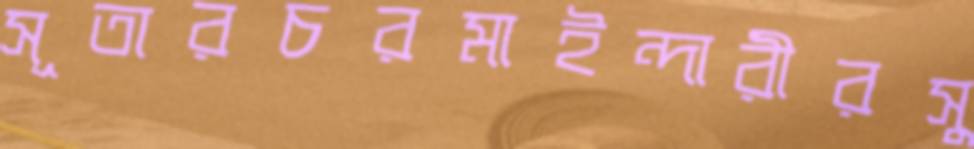
সূতারচরমাইন্দারীরসু